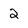
Character: 2